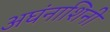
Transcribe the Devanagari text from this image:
अघंनाशिनी